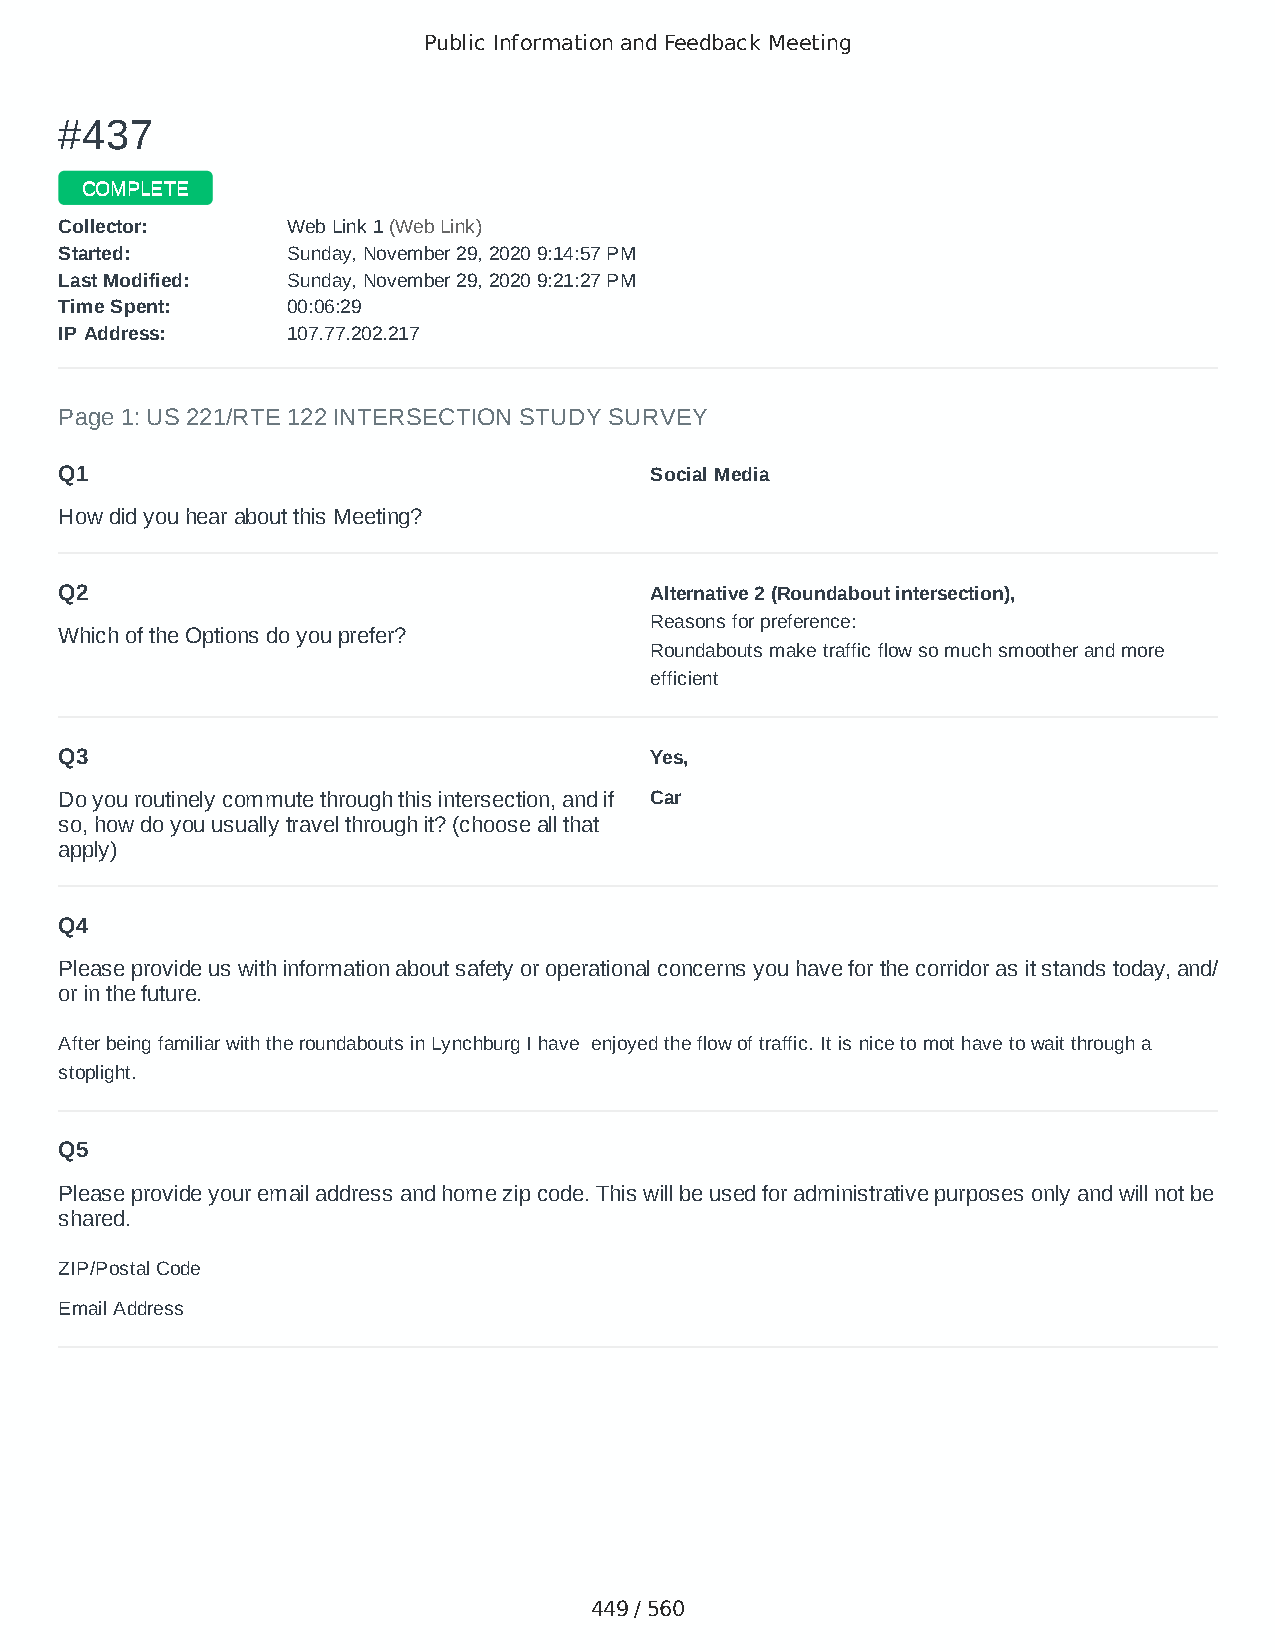
Public Information and Feedback Meeting
 ##443377
 CCOOMMPPLLEETTEE
 CCoolllleeccttoorr:: WWeebb LLiinnkk 11 ((WWeebb LLiinnkk))
 SSttaarrtteedd:: SSuunnddaayy,, NNoovveemmbbeerr 2299,, 22002200 99::1144::5577 PPMM
 LLaasstt MMooddiiffiieedd:: SSuunnddaayy,, NNoovveemmbbeerr 2299,, 22002200 99::2211::2277 PPMM
 TTiimmee SSppeenntt:: 0000::0066::2299
 IIPP AAddddrreessss:: 110077..7777..220022..221177
 Page 1: US 221/RTE 122 INTERSECTION STUDY SURVEY
 Q1                                     Social Media
 How did you hear about this Meeting?
 Q2                                     Alternative 2 (Roundabout intersection),
 Reasons for preference:
 Which of the Options do you prefer?
 Roundabouts make traffic flow so much smoother and more
 efficient
 Q3                                     Yes,
 Do you routinely commute through this intersection, and if Car
 so, how do you usually travel through it? (choose all that
 apply)
 Q4
 Please provide us with information about safety or operational concerns you have for the corridor as it stands today, and/
 or in the future.
 After being familiar with the roundabouts in Lynchburg I have enjoyed the flow of traffic. It is nice to mot have to wait through a
 stoplight.
 Q5
 Please provide your email address and home zip code. This will be used for administrative purposes only and will not be
 shared.
 ZIP/Postal Code                        24556
 Email Address                          tatersmom1985@yahoo.com
 449 / 560